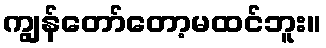
ကျွန်တော်တော့မထင်ဘူး။